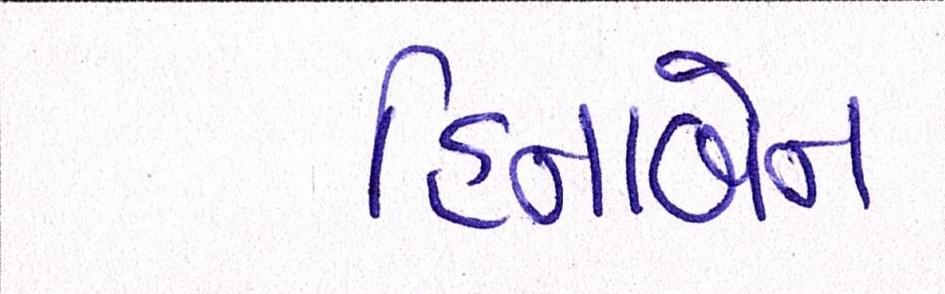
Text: હિનાબેન